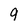
Character: 9